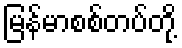
မြန်မာစစ်တပ်တို့